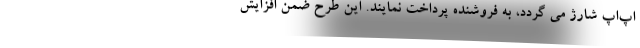
اپ‌اَپ شارژ می گردد، به فروشنده پرداخت نمایند. این طرح ضمن افزایش